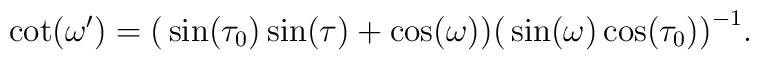
\cot(\omega')= \big(\sin(\tau_0) \sin(\tau)+\cos(\omega)\big) \big(\sin(\omega) \cos(\tau_0)\big)^{-1}.